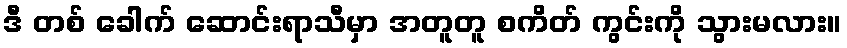
ဒီ တစ် ခေါက် ဆောင်းရာသီမှာ အတူတူ စကိတ် ကွင်းကို သွားမလား။